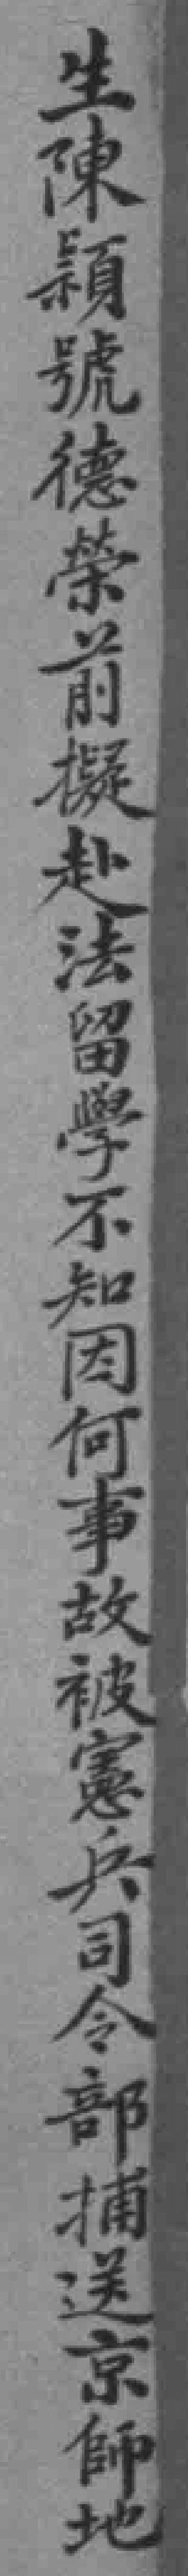
生陳穎號德榮前擬赴法留學不知因何事故被憲兵司令部捕送京師地